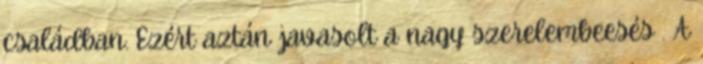
családban. Ezért aztán javasolt a nagy szerelembeesés . A